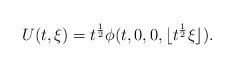
LaTeX: \begin{align*}U(t,\xi) = t^\frac{1}{2}\phi(t,0,0,\lfloor t^\frac{1}{2} \xi \rfloor).\end{align*}